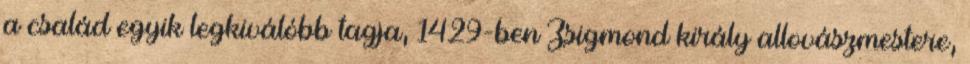
a család egyik legkiválóbb tagja, 1429-ben Zsigmond király allovászmestere,